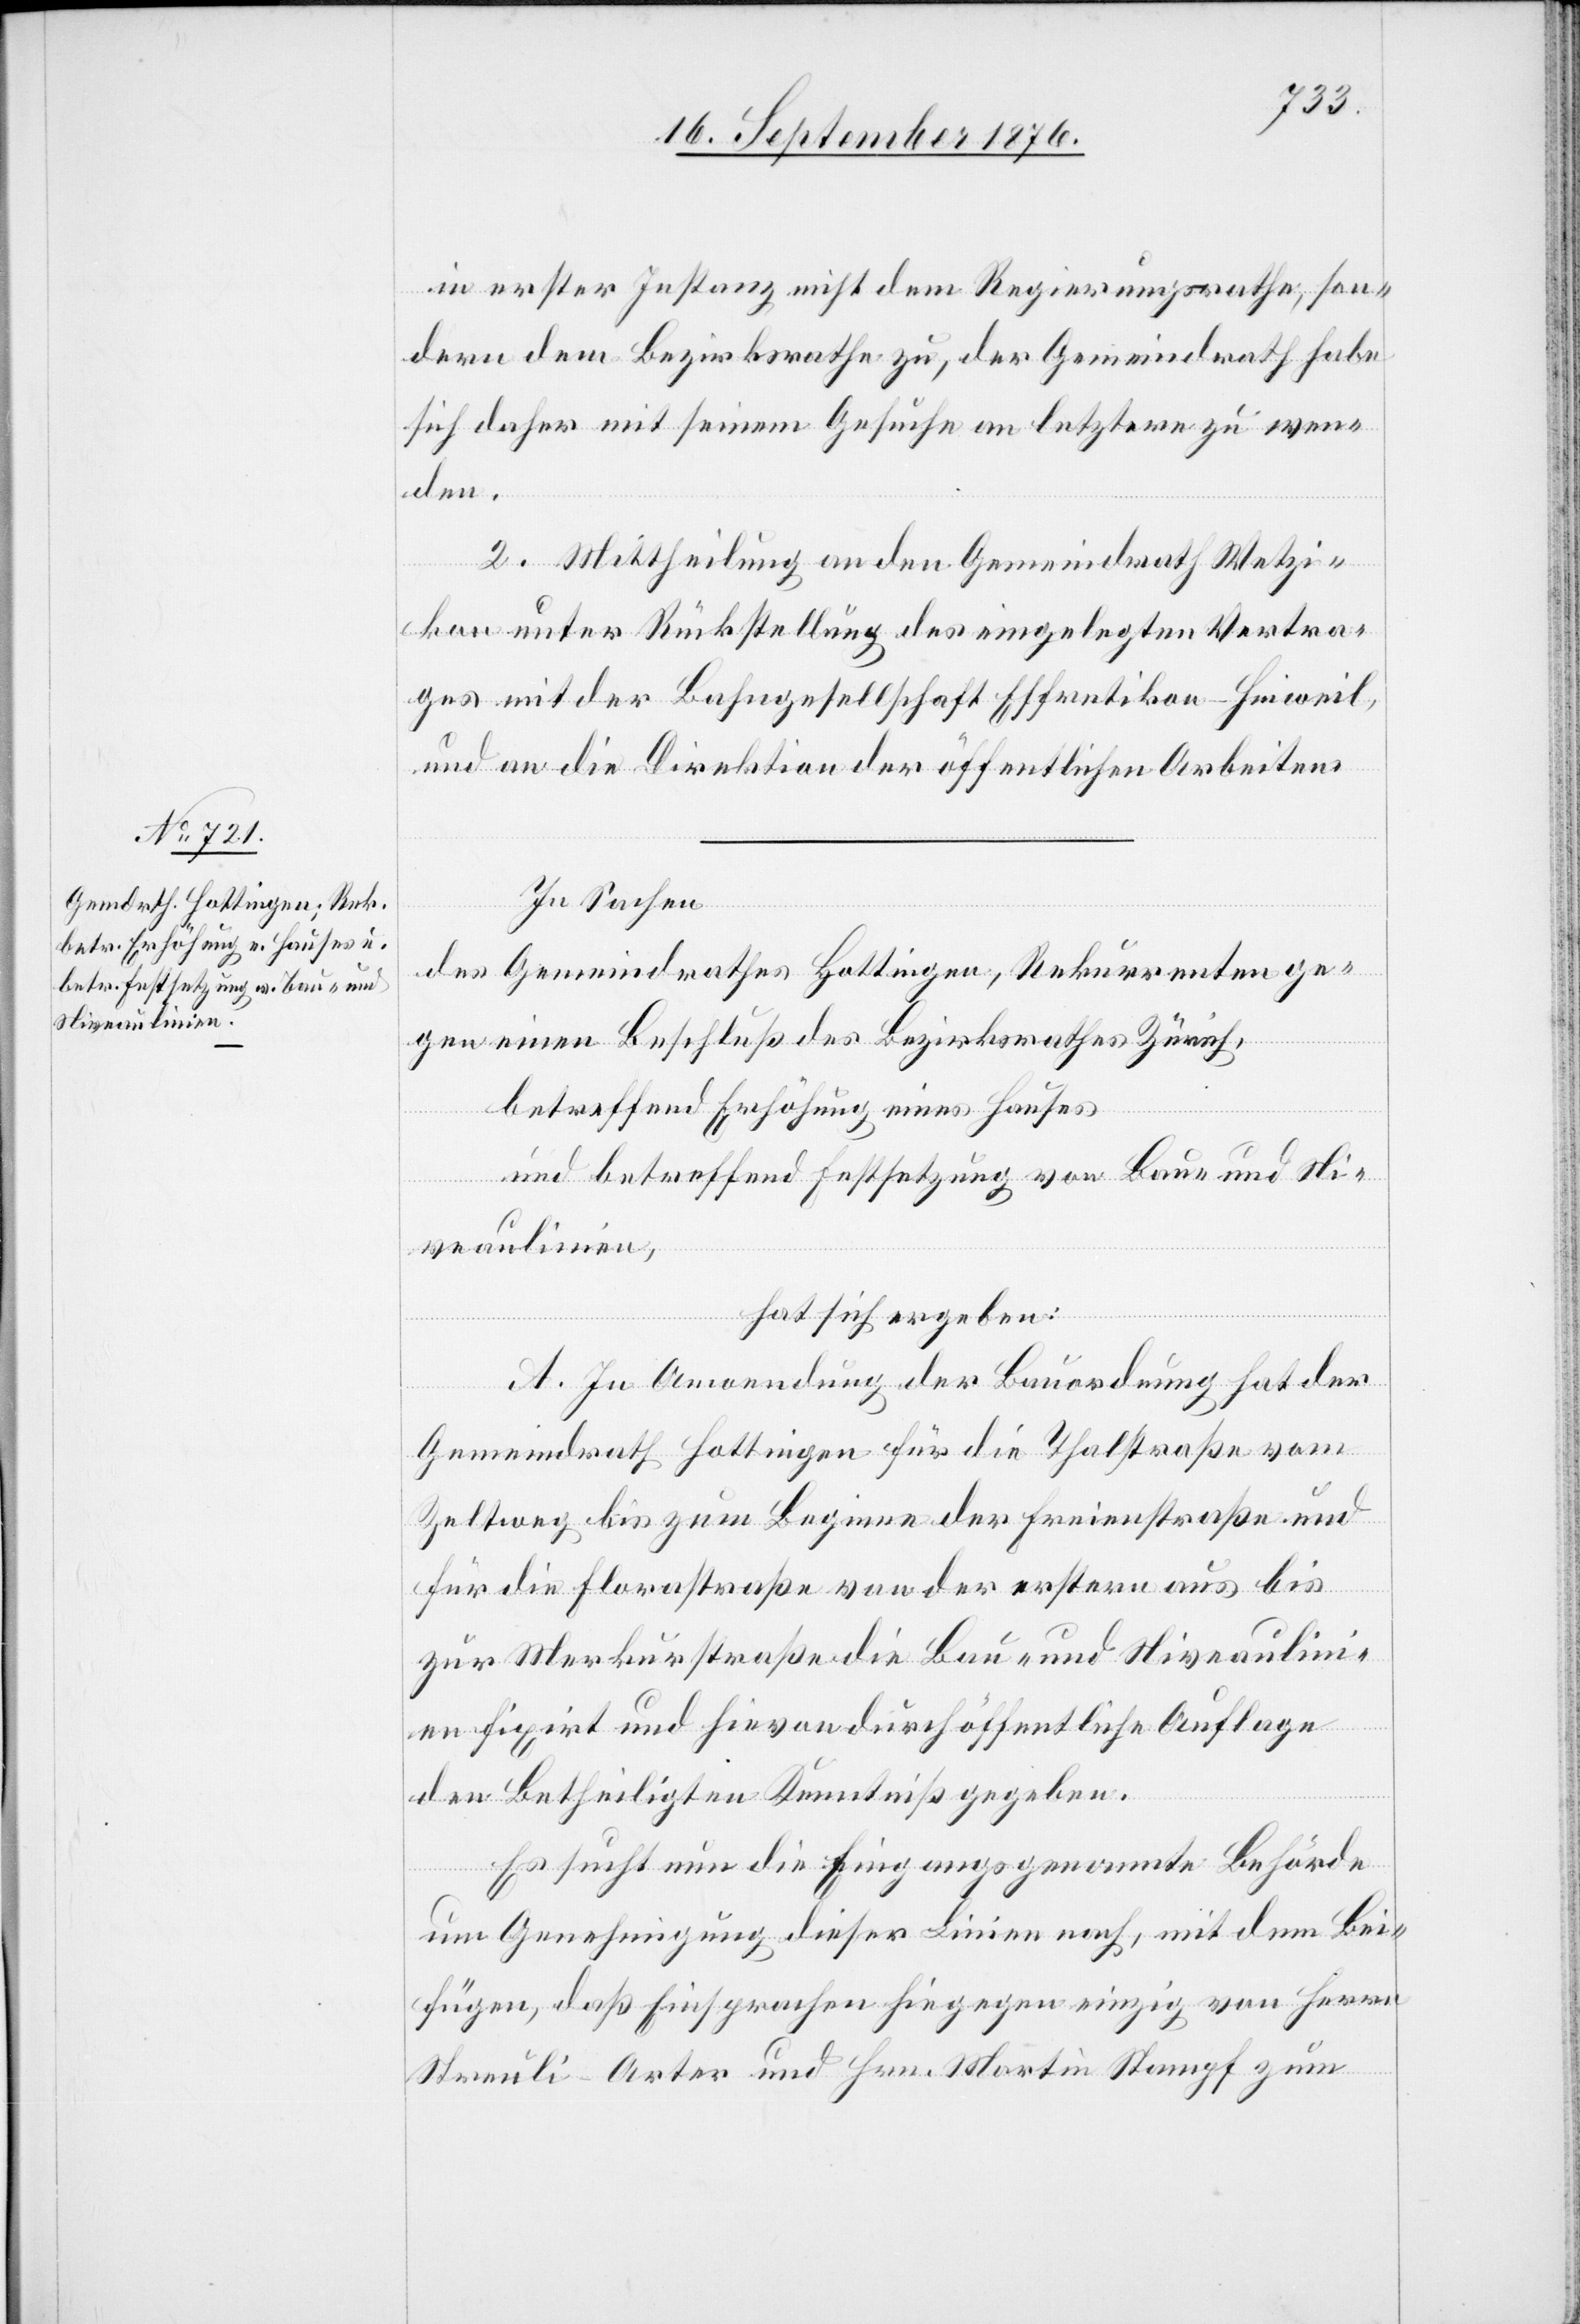
in erster Instanz nicht dem Regierungsrathe, son¬
dern dem Bezirksrathe zu, der Gemeindrath habe
sich daher mit seinem Gesuche an letztern zu wen¬
den.
2. Mittheilung an den Gemeindrath Wetzi¬
kon unter Rückstellung des eingelegten Vertra¬
ges mit der Bahngesellschaft Effretikon–Hinweil,
und an die Direktion der öffentlichen Arbeiten.
In Sachen
des Gemeindrathes Hottingen, Rekurrenten ge¬
gen einen Beschluß des Bezirksrathes Zürich,
betreffend Erhöhung eines Hauses
und betreffend Festsetzung von Bau- und Ni¬
veaulinien,
hat sich ergeben:
A. In Anwendung der Bauordnung hat der
Gemeindrath Hottingen für die Thalstraße vom
Zeltweg bis zum Beginne der Freienstraße und
für die Florastraße von der ersten aus bis
zur Merkurstraße die Bau- und Niveaulin¬
ien fixirt und hievon durch öffentliche Auflage
den Betheiligten Kenntniß gegeben.
Es sucht nun die Eingangs genannte Behörde
um Genehmigung dieser Linien nach, mit dem Bei¬
fügen, daß Einsprachen hiegegen einzig von Herrn
Streuli-Arter und Hrn. Martin Stampf zum